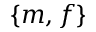
\{ m , f \}